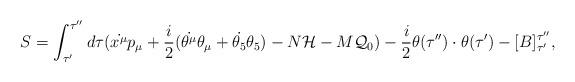
LaTeX: \begin{align*}S=\int_{\tau'}^{\tau''}d\tau (\dot{x^\mu}p_\mu +\frac{i}{2}(\dot{\theta^\mu}\theta_\mu+ \dot{\theta_5}\theta_5)-N{\cal H} -M {\cal Q}_0)-\frac{i}{2}\theta(\tau'')\cdot\theta(\tau')-[B]^{\tau''}_{\tau'},\end{align*}